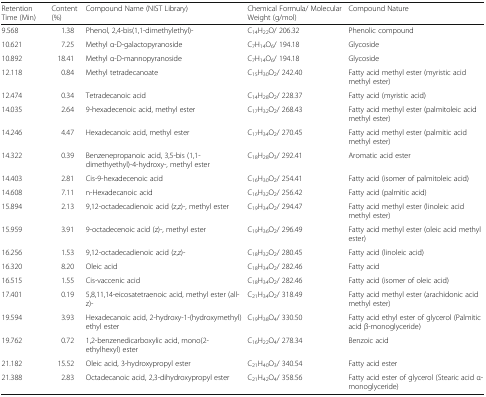
<table><thead><tr><td><b>Retention Time (Min)</b></td><td><b>Content (%)</b></td><td><b>Compound Name (NIST Library)</b></td><td><b>Chemical Formula/ Molecular Weight (g/mol)</b></td><td><b>Compound Nature</b></td></tr></thead><tbody><tr><td>9.568</td><td>1.38</td><td>Phenol, 2,4-bis(1,1-dimethylethyl)-</td><td>C<sub>14</sub>H<sub>22</sub>O/ 206.32</td><td>Phenolic compound</td></tr><tr><td>10.621</td><td>7.25</td><td>Methyl α-D-galactopyranoside</td><td>C<sub>7</sub>H<sub>14</sub>O<sub>6</sub>/ 194.18</td><td>Glycoside</td></tr><tr><td>10.892</td><td>18.41</td><td>Methyl α-D-mannopyranoside</td><td>C<sub>7</sub>H<sub>14</sub>O<sub>6</sub>/ 194.18</td><td>Glycoside</td></tr><tr><td>12.118</td><td>0.84</td><td>Methyl tetradecanoate</td><td>C<sub>15</sub>H<sub>30</sub>O<sub>2</sub>/ 242.40</td><td>Fatty acid methyl ester (myristic acid methyl ester)</td></tr><tr><td>12.474</td><td>0.34</td><td>Tetradecanoic acid</td><td>C<sub>14</sub>H<sub>28</sub>O<sub>2</sub>/ 228.37</td><td>Fatty acid (myristic acid)</td></tr><tr><td>14.035</td><td>2.64</td><td>9-hexadecenoic acid, methyl ester</td><td>C<sub>17</sub>H<sub>32</sub>O<sub>2</sub>/ 268.43</td><td>Fatty acid methyl ester (palmitoleic acid methyl ester)</td></tr><tr><td>14.246</td><td>4.47</td><td>Hexadecanoic acid, methyl ester</td><td>C<sub>17</sub>H<sub>34</sub>O<sub>2</sub>/ 270.45</td><td>Fatty acid methyl ester (palmitic acid methyl ester)</td></tr><tr><td>14.322</td><td>0.39</td><td>Benzenepropanoic acid, 3,5-bis (1,1-dimethyethyl)-4-hydroxy-, methyl ester</td><td>C<sub>18</sub>H<sub>28</sub>O<sub>3</sub>/ 292.41</td><td>Aromatic acid ester</td></tr><tr><td>14.403</td><td>2.81</td><td>Cis-9-hexadecenoic acid</td><td>C<sub>16</sub>H<sub>30</sub>O<sub>2</sub>/ 254.41</td><td>Fatty acid (isomer of palmitoleic acid)</td></tr><tr><td>14.608</td><td>7.11</td><td>n-Hexadecanoic acid</td><td>C<sub>16</sub>H<sub>32</sub>O<sub>2</sub>/ 256.42</td><td>Fatty acid (palmitic acid)</td></tr><tr><td>15.894</td><td>2.13</td><td>9,12-octadecadienoic acid (z,z)-, methyl ester</td><td>C<sub>19</sub>H<sub>34</sub>O<sub>2</sub>/ 294.47</td><td>Fatty acid methyl ester (linoleic acid methyl ester)</td></tr><tr><td>15.959</td><td>3.91</td><td>9-octadecenoic acid (z)-, methyl ester</td><td>C<sub>19</sub>H<sub>36</sub>O<sub>2</sub>/ 296.49</td><td>Fatty acid methyl ester (oleic acid methyl ester)</td></tr><tr><td>16.256</td><td>1.53</td><td>9,12-octadecadienoic acid (z,z)-</td><td>C<sub>18</sub>H<sub>32</sub>O<sub>2</sub>/ 280.45</td><td>Fatty acid (linoleic acid)</td></tr><tr><td>16.320</td><td>8.20</td><td>Oleic acid</td><td>C<sub>18</sub>H<sub>34</sub>O<sub>2</sub>/ 282.46</td><td>Fatty acid</td></tr><tr><td>16.515</td><td>1.55</td><td>Cis-vaccenic acid</td><td>C<sub>18</sub>H<sub>34</sub>O<sub>2</sub>/ 282.46</td><td>Fatty acid (isomer of oleic acid)</td></tr><tr><td>17.401</td><td>0.19</td><td>5,8,11,14-eicosatetraenoic acid, methyl ester (all-z)-</td><td>C<sub>21</sub>H<sub>34</sub>O<sub>2</sub>/ 318.49</td><td>Fatty acid methyl ester (arachidonic acid methyl ester)</td></tr><tr><td>19.594</td><td>3.93</td><td>Hexadecanoic acid, 2-hydroxy-1-(hydroxymethyl) ethyl ester</td><td>C<sub>19</sub>H<sub>38</sub>O<sub>4</sub>/ 330.50</td><td>Fatty acid ethyl ester of glycerol (Palmitic acid β-monoglyceride)</td></tr><tr><td>19.762</td><td>0.72</td><td>1,2-benzenedicarboxylic acid, mono(2-ethylhexyl) ester</td><td>C<sub>16</sub>H<sub>22</sub>O<sub>4</sub>/ 278.34</td><td>Benzoic acid</td></tr><tr><td>21.182</td><td>15.52</td><td>Oleic acid, 3-hydroxypropyl ester</td><td>C<sub>21</sub>H<sub>40</sub>O<sub>3</sub>/ 340.54</td><td>Fatty acid ester</td></tr><tr><td>21.388</td><td>2.83</td><td>Octadecanoic acid, 2,3-dihydroxypropyl ester</td><td>C<sub>21</sub>H<sub>42</sub>O<sub>4</sub>/ 358.56</td><td>Fatty acid ester of glycerol (Stearic acid α-monoglyceride)</td></tr></tbody></table>